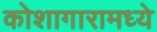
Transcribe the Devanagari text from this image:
कोशागारामध्ये